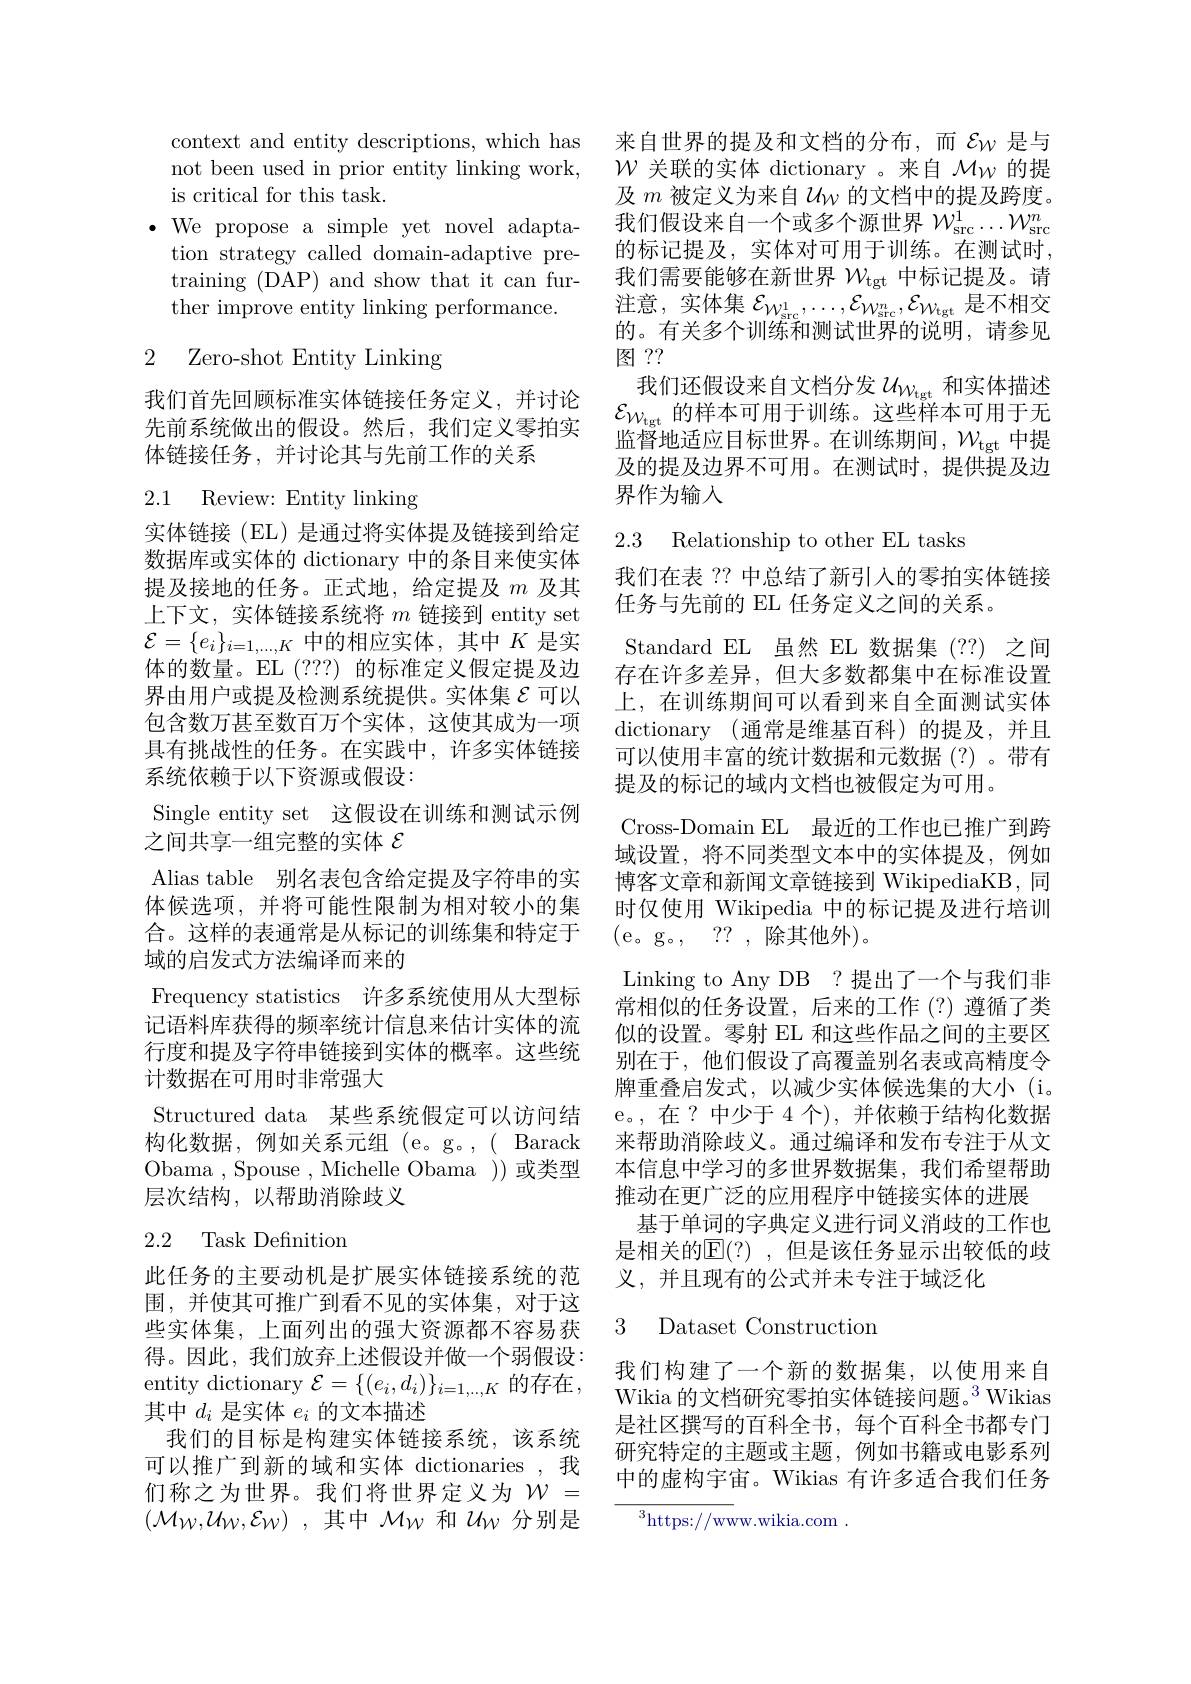
context and entity descriptions, which has 来自世界的提及和文档的分布，而$\mathcal{E}_{W}$是与not been used in prior entity linking work, $\mathcal{W}$关联的实体 dictionary。来自$\mathcal{M}_\mathrm{W}$的提is critical for this task.
$\bullet$ We propose a simple yet novel adapta-
tion strategy called domain-adaptive pretraining (DAP) and show that it can further improve entity linking performance.

2 Zero-shot Entity Linking

我们首先回顾标准实体链接任务定义，并讨论先前系统做出的假设。然后，我们定义零拍实体链接任务，并讨论其与先前工作的关系

## 2.1 Review: Entity linking

实体链接(EL)是通过将实体提及链接到给定数据库或实体的 dictionary 中的条目来使实体提及接地的任务。正式地，给定提及$m$及其上下文，实体链接系统将$m$链接到 entity set $\mathcal{E}=\{e_i\}_{i=1,\ldots,K}$中的相应实体，其中$K$是实体的数量。EL (???) 的标准定义假定提及边界由用户或提及检测系统提供。实体集$\varepsilon$可以包含数万甚至数百万个实体，这使其成为一项具有挑战性的任务。在实践中，许多实体链接系统依赖于以下资源或假设：
Single entity set 这假设在训练和测试示例
之间共享一组完整的实体$\varepsilon$
Alias table 别名表包含给定提及字符串的实体候选项，并将可能性限制为相对较小的集合。这样的表通常是从标记的训练集和特定于域的启发式方法编译而来的
Frequency statistics 许多系统使用从大型标记语料库获得的频率统计信息来估计实体的流行度和提及字符串链接到实体的概率。这些统计数据在可用时非常强大
Structured data 某些系统假定可以访问结构化数据，例如关系元组(e。g。,(Barack Obama ,Spouse ,Michelle Obama))或类型层次结构，以帮助消除歧义
2.2 Task Definition

此任务的主要动机是扩展实体链接系统的范围，并使其可推广到看不见的实体集，对于这些实体集，上面列出的强大资源都不容易获得。因此，我们放弃上述假设并做一个弱假设： entity dictionary $\mathcal{E}=\{(e_i,d_i)\}_{i=1,\ldots,K}$ 的存在， 其中$d_i$是实体$e_i$的文本描述
我们的目标是构建实体链接系统，该系统可以推广到新的域和实体 dictionaries ,我们称之为世界。我们将世界定义为$\mathcal{W}=$ $( \mathcal{M} _W, \mathcal{U} _W, \mathcal{E} _W)$ ,其中$\mathcal{M}_W$和$\mathcal{U}_W$分别是

及$m$被定义为来自$\mathcal{U}_\mathrm{W}$的文档中的提及跨度。我们假设来自一个或多个源世界$\mathcal{W}_\mathrm{src}^1\ldots\mathcal{W}_\mathrm{src}^n$ 的标记提及，实体对可用于训练。在测试时， 我们需要能够在新世界$\mathcal{W}_\mathrm{tgt}$中标记提及。请注意，实体集$\mathcal{E}_{\mathcal{W}_{\mathrm{src}}^{1}},\ldots,\mathcal{E}_{\mathcal{W}_{\mathrm{src}}^{n}},\mathcal{E}_{\mathcal{W}_{\mathrm{tgt}}}$是不相交的。有关多个训练和测试世界的说明，请参见图？?
我们还假设来自文档分发$\mathcal{U}_{\mathcal{W}_\mathrm{tgt}}$ 和实体描述$\mathcal{E}_{\mathcal{W}_\mathrm{tgt}}$的样本可用于训练。这些样本可用于无监督地适应目标世界。在训练期间，$\mathcal{W}_\mathrm{tgt}$中提及的提及边界不可用。在测试时，提供提及边界作为输人

2.3 Relationship to other EL tasks

我们在表 ?? 中总结了新引入的零拍实体链接
任务与先前的 EL 任务定义之间的关系。
Standard EL 虽然 EL 数据集 (??) 之间存在许多差异，但大多数都集中在标准设置上，在训练期间可以看到来自全面测试实体dictionary (通常是维基百科)的提及，并且可以使用丰富的统计数据和元数据(?)。带有提及的标记的域内文档也被假定为可用。
Cross-Domain EL 最近的工作也已推广到跨域设置，将不同类型文本中的实体提及，例如博客文章和新闻文章链接到 WikipediaKB, 同时仅使用 Wikipedia 中的标记提及进行培训(e。g。, ??,除其他外)。
Linking to Any DB ?提出了一个与我们非常相似的任务设置，后来的工作(?)遵循了类似的设置。零射 EL 和这些作品之间的主要区别在于，他们假设了高覆盖别名表或高精度令牌重叠启发式，以减少实体候选集的大小(i。e。,在？中少于 4 个),并依赖于结构化数据来帮助消除歧义。通过编译和发布专注于从文本信息中学习的多世界数据集，我们希望帮助推动在更广泛的应用程序中链接实体的进展
基于单词的字典定义进行词义消歧的工作也是相关的$\overline{\mathrm{E}}(?)$,但是该任务显示出较低的歧义，并且现有的公式并未专注于域泛化

## 3 Dataset Construction

我们构建了一个新的数据集，以使用来自Wikia 的文档研究零拍实体链接问题。$^{3}$Wikias 是社区撰写的百科全书，每个百科全书都专门研究特定的主题或主题，例如书籍或电影系列中的虚构宇宙。Wikias 有许多适合我们任务

$^3$https://www.wikia.com